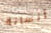
إنسانة